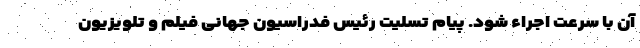
آن با سرعت اجراء شود. پیام تسلیت رئیس فدراسیون جهانی فیلم و تلویزیون